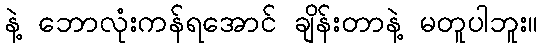
နဲ့ ဘောလုံးကန်ရအောင် ချိန်းတာနဲ့ မတူပါဘူး။